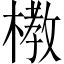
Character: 𪳞